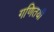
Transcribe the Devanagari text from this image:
गणितयी